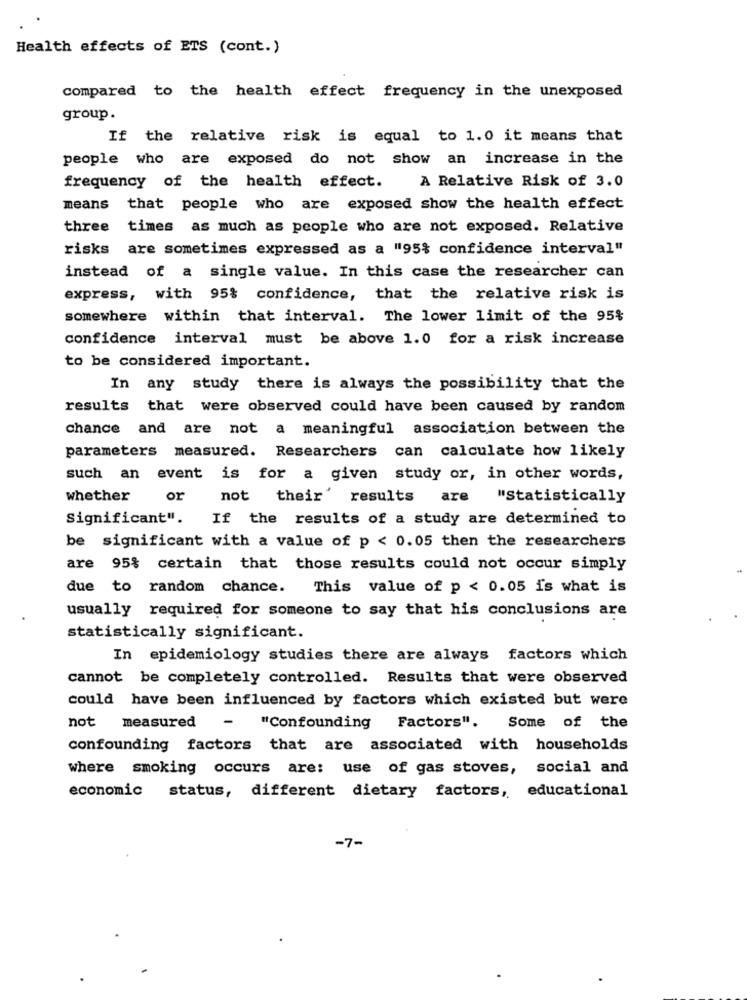
Health effects of ETS (cont.)
compared to the health effect frequency in the unexposed
group.
If the relative risk is equal to 1.0 it means that
people who are exposed do not show an increase in the
A Relative Risk of 3.0
frequency of the health effect.
means
that people who are exposed show the health effect
three times as much as people who are not exposed. Relative
risks are sometimes expressed as a "95% confidence interval"
instead of a single value. In this case the researcher can
express, with 95% confidence, that the relative risk is
somewhere within that interval. The lower limit of the 95%
confidence interval must be above 1.0 for a risk increase
to be considered important.
In any study there is always the possibility that the
results that were observed could have been caused by random
chance and are not a meaningful association between the
parameters measured. Researchers can calculate how likely
such an event is for a given study or, in other words,
whether
or
not their' results
are
"Statistically
Significant".
If the results of a study are determined to
be significant with a value of p < 0.05 then the researchers
are 95% certain that those results could not occur simply
due to random chance. This value of p < 0.05 is what is
usually required for someone to say that his conclusions are
statistically significant.
In epidemiology studies there are always factors which
cannot be completely controlled. Results that were observed
could have been influenced by factors which existed but were
not
measured
- "Confounding Factors". Some of the
confounding factors that are associated with households
where smoking occurs are: use of gas stoves, social and
economic status, different dietary factors, educational
-7-